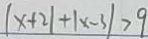
\vert x + 2 \vert + \vert x - 3 \vert > 9